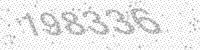
Solution: 198336